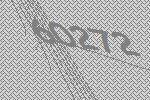
60272